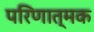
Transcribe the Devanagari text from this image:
परिणात्मक